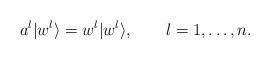
LaTeX: \begin{align*}a^l|w^l\rangle=w^l|w^l\rangle,\qquad l=1,\ldots, n.\end{align*}